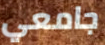
جامعي